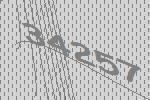
34257